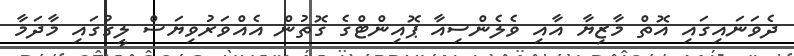
ދެވަނައިގައި އޮތް މާޒިޔާ އާއި ވެލެންސިއާ ޕޮއިންޓްގެ ގޮތުން އެއްވަރުވިޔަސް ލީގުގައި މާދަމާ